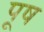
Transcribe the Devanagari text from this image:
पूष